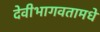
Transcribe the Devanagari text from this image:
देवीभागवतामधे